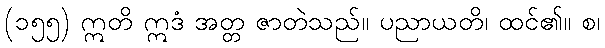
(၁၅၅) ဣတိ ဣဒံ အတ္တ ဇာတဲသည်။ ပညာယတိ၊ ထင်၏။ စ၊